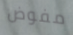
مفوض